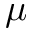
\mu